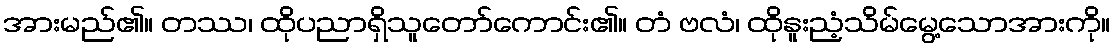
အားမည်၏။ တဿ၊ ထိုပညာရှိသူတော်ကောင်း၏။ တံ ဗလံ၊ ထိုနူးညံ့သိမ်မွေ့သောအားကို။